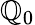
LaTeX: \mathbb{Q}_{0}